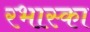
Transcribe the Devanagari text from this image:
रभास्‍का